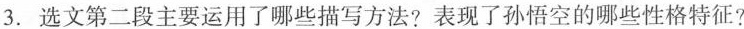
3.选文第二段主要运用了哪些描写方法?表现了孙悟空的哪些性格特征?